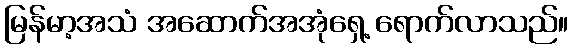
မြန်မာ့အသံ အဆောက်အအုံရှေ့ ရောက်လာသည်။